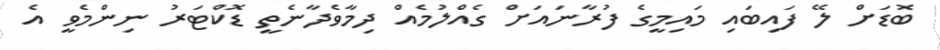
ބޮޑަށް ލޭ ފައިބައި މައިމީގެ ފުރާނައަށް ގެއްލުމެއް ދިމާވެދާނެތީ ޑޮކްޓަރު ނިންމެވީ އެ